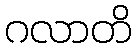
ဂလာတိ